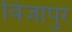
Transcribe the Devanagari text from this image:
विजापुरे